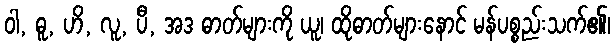
ဝါ, ဓူ, ဟိ, လူ, ပီ, အဒ ဓာတ်များကို ယူ၊ ထိုဓာတ်များနောင် မန်ပစ္စည်းသက်၏၊